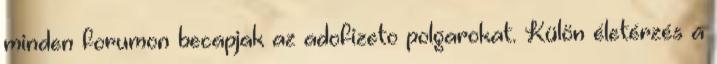
minden forumon becapjak az adofizeto polgarokat. Külön életérzés a